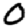
Digit: 0